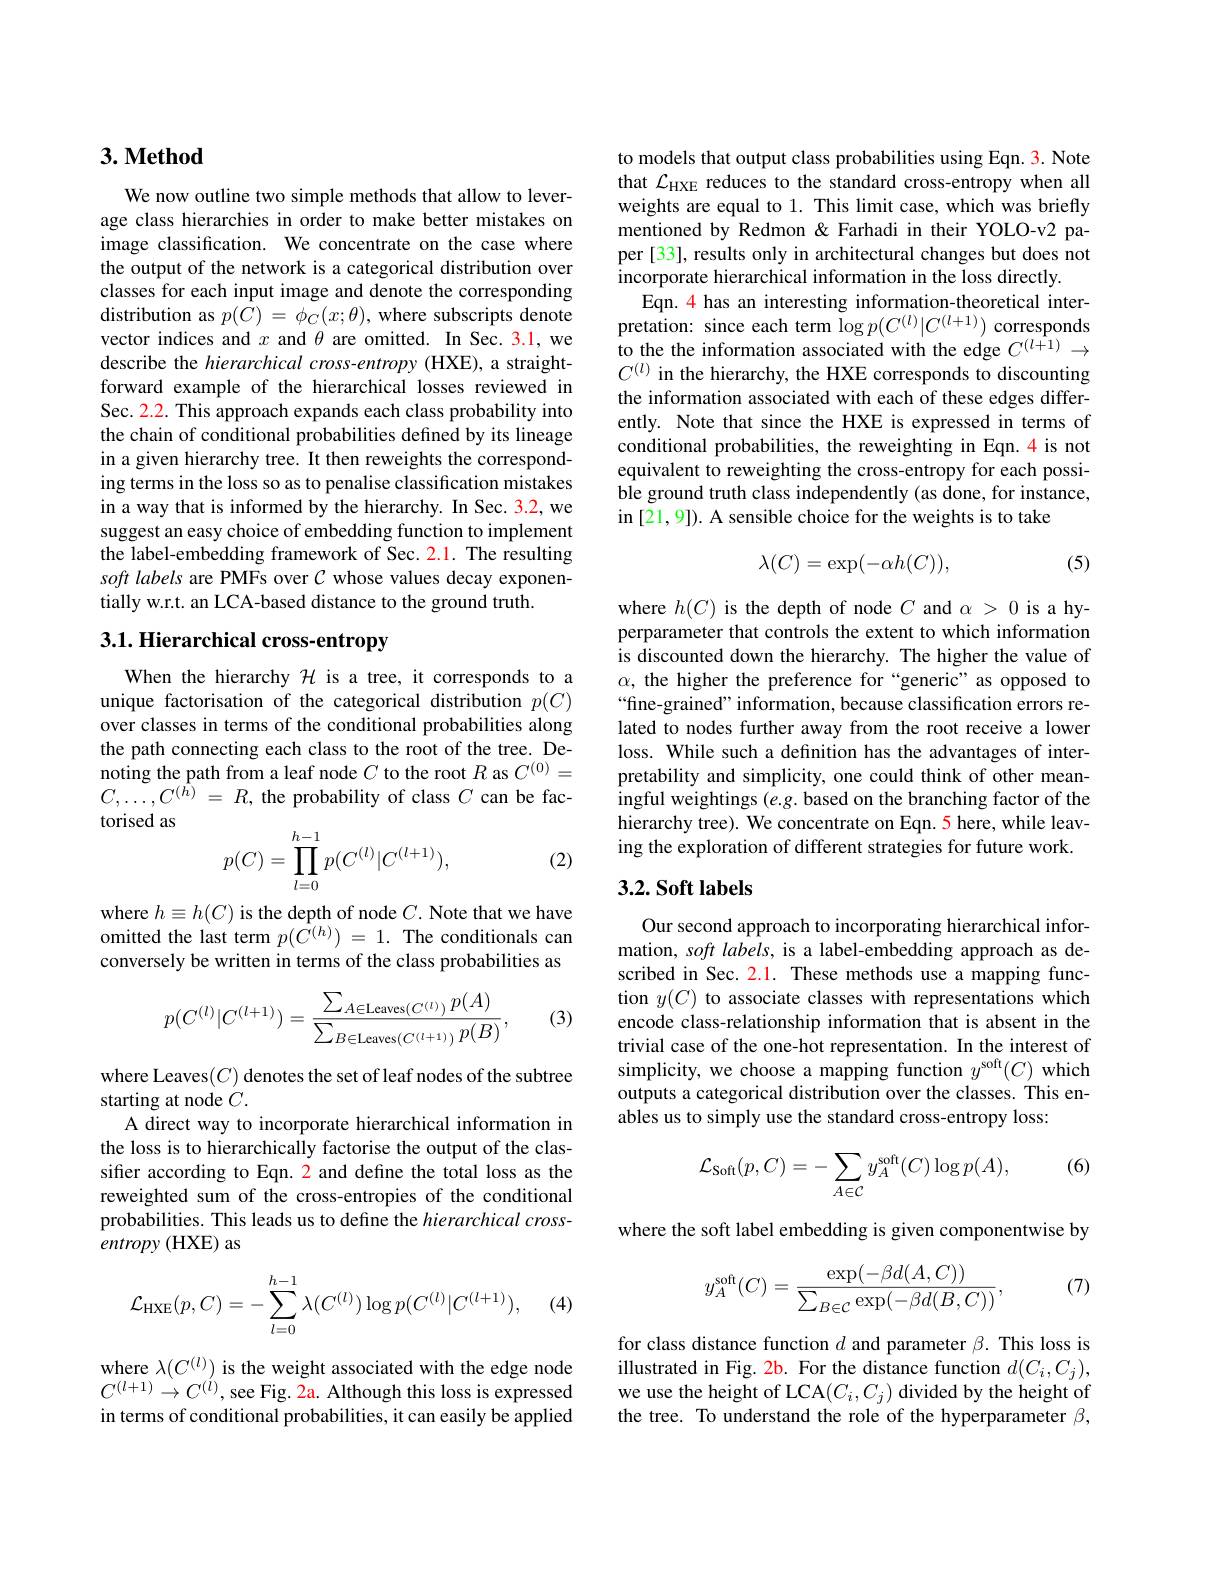
## $3. \textbf{Method}$

We now outline two simple methods that allow to leverage class hierarchies in order to make better mistakes on image classification. We concentrate on the case where the output of the network is a categorical distribution over classes for each input image and denote the corresponding distribution as $p(C)=\phi_{C}(x;\theta)$, where subscripts denote vector indices and $x$ and $\theta$ are omitted. In Sec. 3.1, we describe the hierarchical cross-entropy (HXE), a straightforward example of the hierarchical losses reviewed in Sec. 2.2. This approach expands each class probability into the chain of conditional probabilities defined by its lineage in a given hierarchy tree. It then reweights the corresponding terms in the loss so as to penalise classification mistakes in a way that is informed by the hierarchy. In Sec. 3.2, we suggest an easy choice of embedding function to implement the label-embedding framework of Sec. 2.1. The resulting soft labels are PMFs over $\mathcal{C}$ whose values decay exponentially w.r.t. an LCA-based distance to the ground truth.

## 3.1. Hierarchical cross-entropy

When the hierarchy $\mathcal{H}$ is a tree, it corresponds to a unique factorisation of the categorical distribution $p(C)$ over classes in terms of the conditional probabilities along the path connecting each class to the root of the tree. Denoting the path from a leaf node $C$ to the root $R$ as $C^(0)=$ $C, \ldots , C^{( \hat{h} ) }$ = $R$, the probability of class $C$ can be factorised as
$$\begin{aligned}p(C)=\prod_{l=0}^{h-1}p(C^{(l)}|C^{(l+1)}),\end{aligned}$$
(2)

where $h\equiv h(C)$ is the depth of node $C.$ Note that we have omitted the last term $p(\dot{C}^{(h)})=1.$ The conditionals can conversely be written in terms of the class probabilities as
$$p(C^{(l)}|C^{(l+1)})=\frac{\sum_{A\in\mathrm{Leaves}(C^{(l)})}p(A)}{\sum_{B\in\mathrm{Leaves}(C^{(l+1)})}p(B)},$$
(3)

where Leaves$(C)$ denotes the set of leaf nodes of the subtree
starting at node $C.$
A direct way to incorporate hierarchical information in the loss is to hierarchically factorise the output of the classifier according to Eqn. 2 and define the total loss as the reweighted sum of the cross-entropies of the conditional probabilities. This leads us to define the hierarchical crossentropy (HXE) as
$$\mathcal{L}_{\mathrm{HXE}}(p,C)=-\sum_{l=0}^{h-1}\lambda(C^{(l)})\log p(C^{(l)}|C^{(l+1)}),$$
(4)

where $\lambda(C^{(l)})$ is the weight associated with the edge node $C^{(l+1)}\to C^{(l)}$,see Fig. 2a. Although this loss is expressed in terms of conditional probabilities, it can easily be applied

to models that output class probabilities using Eqn. 3. Note that $\mathcal{L}_\mathrm{HXE}$ reduces to the standard cross-entropy when all weights are equal to 1. This limit case, which was briefly mentioned by Redmon &Farhadi in their YOLO-v2 paper [33], results only in architectural changes but does not incorporate hierarchical information in the loss directly.
Eqn. 4 has an interesting information-theoretical interpretation: since each term $\log p(C^{(l)}|C^{(l+1)})$ corresponds to the the information associated with the edge $C^{(l+1)}\to$ $C^{(l)}$ in the hierarchy, the HXE corresponds to discounting the information associated with each of these edges differently. Note that since the HXE is expressed in terms of conditional probabilities, the reweighting in Eqn.4 is not equivalent to reweighting the cross-entropy for each possible ground truth class independently (as done, for instance, in [21,9]). A sensible choice for the weights is to take
$$\lambda(C)=\exp(-\alpha h(C)),$$
(5)

where $h(C)$ is the depth of node $C$ and $\alpha>0$ is a hyperparameter that controls the extent to which information is discounted down the hierarchy. The higher the value of $\alpha$, the higher the preference for“generic”as opposed to “fine-grained” information, because classification errors related to nodes further away from the root receive a lower loss. While such a definition has the advantages of interpretability and simplicity, one could think of other meaningful weightings $(e.g.$ based on the branching factor of the hierarchy tree). We concentrate on Eqn. 5 here, while leaving the exploration of different strategies for future work.

### $3. 2. \textbf{Soft labels}$

Our second approach to incorporating hierarchical information, soft labels, is a label-embedding approach as described in Sec. 2.1. These methods use a mapping function $y(C)$ to associate classes with representations which encode class-relationship information that is absent in the trivial case of the one-hot representation. In the interest of simplicity, we choose a mapping function $y^\mathrm{soft}(C)$ which outputs a categorical distribution over the classes. This enables us to simply use the standard cross-entropy loss:

(6)
$$\mathcal{L}_{\mathrm{Soft}}(p,C)=-\sum_{A\in\mathcal{C}}y_{A}^{\mathrm{soft}}(C)\log p(A),$$
where the soft label embedding is given componentwise by

(7)
$$y_A^{\mathrm{soft}}(C)=\frac{\exp(-\beta d(A,C))}{\sum_{B\in\mathcal{C}}\exp(-\beta d(B,C))},$$
for class distance function $d$ and parameter $\beta.$ This loss is illustrated in Fig. 2b. For the distance function $d(C_i,C_j)$, we use the height of LCA$(C_i,C_j)$ divided by the height of the tree. To understand the role of the hyperparameter $\beta$,